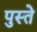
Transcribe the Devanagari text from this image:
पुस्ते